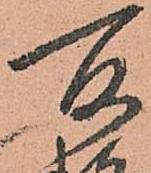
所